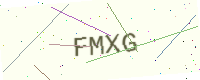
Text: FMXG